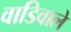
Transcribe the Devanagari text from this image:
वाडिवाले